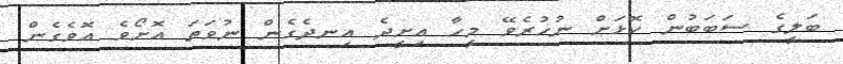
ބަލީގެ ސަބަބުން ކޮޅަށް ނުހުރެވޭ މީހާ އިށީދެ އިނދެގެން ނުވަތަ އޮށޯވެ އޮވެގެން